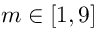
m \in [ 1 , 9 ]